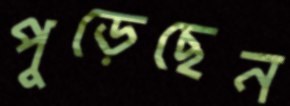
পুড়েছেন